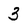
Character: 3